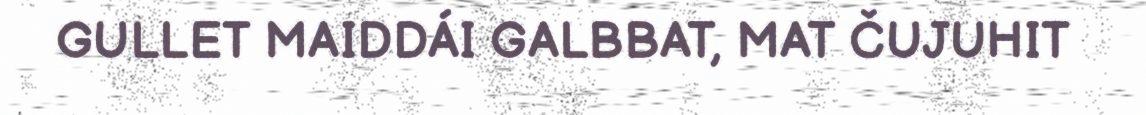
GULLET MAIDDÁI GALBBAT, MAT ČUJUHIT